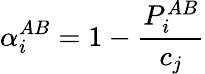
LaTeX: \alpha_{i}^{AB}=1-\frac{P_{i}^{AB}}{c_{j}}